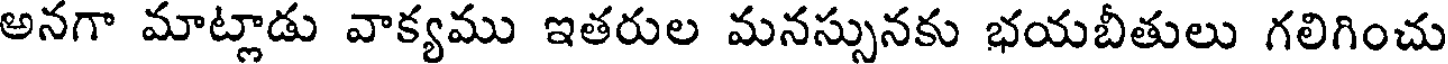
అనగా మాట్లాడు వాక్యము ఇతరుల మనస్సునకు భయబీతులు గలిగించు